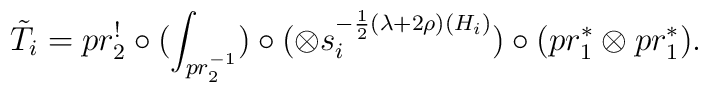
\tilde{T}_{i}=pr_{2}^{!} \circ ( \int_{pr_{2}^{-1}}) \circ( \otimes s_{i}^{-\frac{1}{2}(\lambda + 2\rho)(H_{i})}) \circ( pr_{1}^{\ast}\otimes pr_{1}^{\ast}).